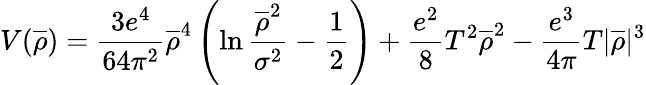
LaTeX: V(\overline{{{\rho}}})=\frac{3e^{4}}{64\pi^{2}}\overline{{{\rho}}}^{4}\left(\ln\frac{\overline{{{\rho}}}^{2}}{\sigma^{2}}-\frac{1}{2}\right)+\frac{e^{2}}{8}T^{2}\overline{{{\rho}}}^{2}-\frac{e^{3}}{4\pi}T|\overline{{{\rho}}}|^{3}